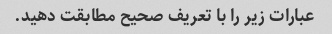
عبارات زیر را با تعریف صحیح مطابقت دهید.